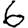
Digit: 6